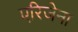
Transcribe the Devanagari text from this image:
एरिजेना